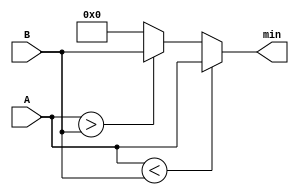
module min (input [3:0] A, 
            input [3:0] B, 
            output reg [3:0] min);
  always @* begin
    if (A<B)
      min = A;
    else if (A>B)
      min = B;
      else 
      min = 0;
  end
endmodule